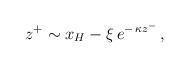
LaTeX: \begin{align*}\:z^{+} \sim x_{H} - \xi\,e^{-\,\kappa z^{-}} \,,\:\end{align*}